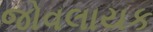
જોવલાયક